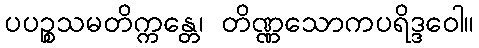
ပပဉ္စသမတိက္ကန္တေ၊ တိဏ္ဏသောကပရိဒ္ဒဝေါ။